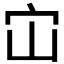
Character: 𭓞